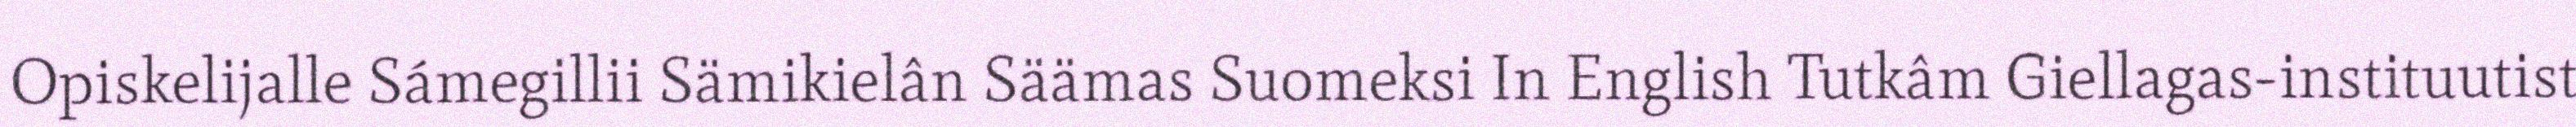
Opiskelijalle Sámegillii Sämikielân Säämas Suomeksi In English Tutkâm Giellagas-instituutist